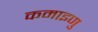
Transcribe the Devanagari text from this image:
कमाइणु